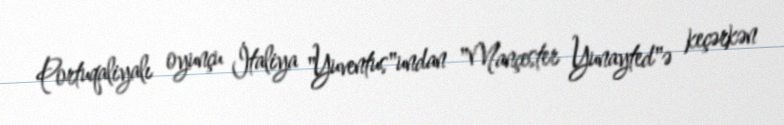
Portuqaliyalı oyunçu İtaliya "Yuventus"undan "Mançester Yunayted"ə keçərkən